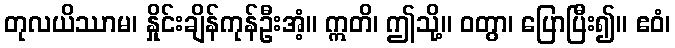
တုလယိဿာမ၊ နှိုင်းချိန်ကုန်ဦးအံ့။ ဣတိ၊ ဤသို့။ ဝတွာ၊ ပြောပြီး၍။ ဧဝံ၊